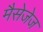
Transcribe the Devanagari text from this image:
मैसेजेज